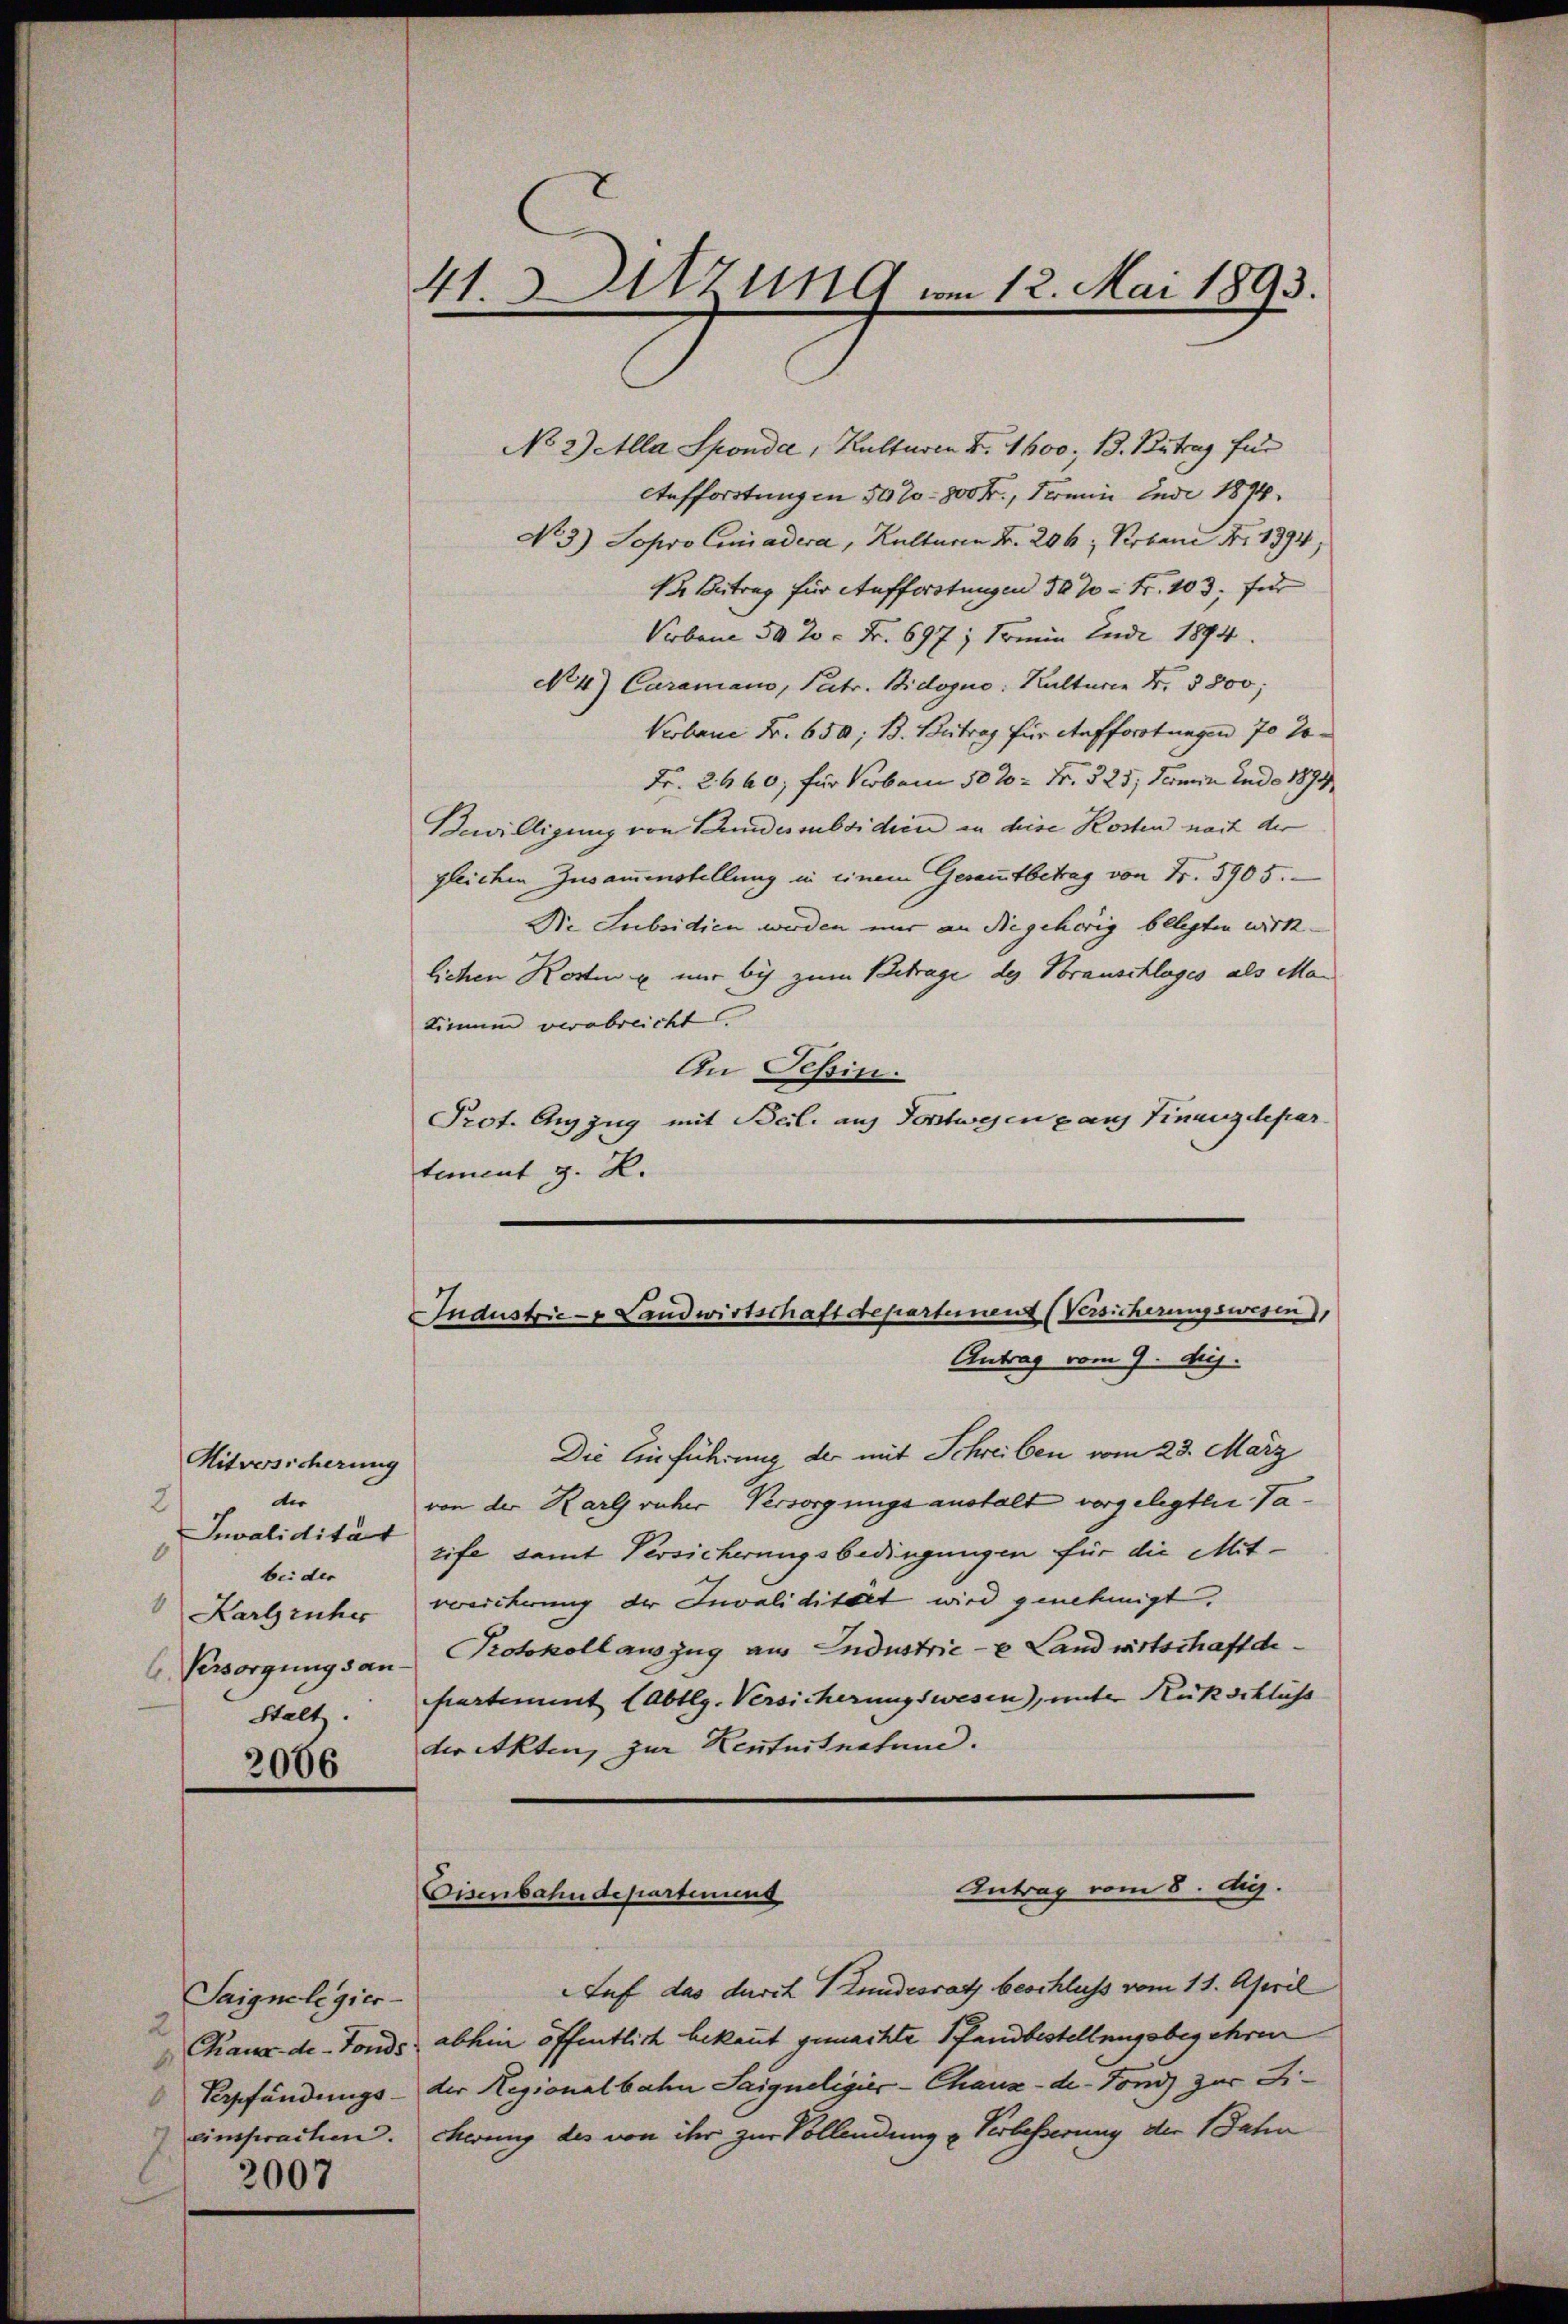
Mitversicherung
die
2
Invalidität
6
bei der
6 Persorgungsanstalt.

2066

Saignelegier
2
3007

No 2) Alla Sponda, Kulturen F. 1600. 13. Betrag für
Aufforstungen 5000 - 800 Fr., Termin Ende 1894
No. 3.) Sopro Ciiadera, Kulturen Fr. 206; Robene Nr. 1394,
1. Betrag für Auffordtungen 30% = Fr. 103, für
Vorbene 50 20 = Fr. 697 ; Sommen Ende 1894
No. 4.) Caramano, Patr. Bidogno: Kulturen Fr. 5800;
Verbene Fr. 650; B. Beitrag für Aufforstungen 70 %
Fr. 2660, für Kober 50 20 = Fr. § 25, Termin Ende 1894
Bewilligung von Seidessubsidien in diese Kosten nach der
gleichen Zusammenstellung in einem Gesammtbetrag von Fr. 5905.
De Subsidien werden mir an die gehörig belegten wirklichen Kosten u mir bis zum Betrage des Brauschlages als Man
timum verabreicht
An Tessin.
Prot. Auszug mit Beil. auf Sonstwesen ganz Finanzdepar
tement z. R.

.
41. Sitzung vom 12. Mai 1893.

Industrie - Landwirtschaft departinenz (Versicherungswesen,
Antrag vom 9. huj.

Die Einführung der mit Schreiben vom 23. März
von der Karfrüher Versorgungsanstalt vorgelegten Tatife damit Versicherungsbedingungen für die Mit¬
 Karlsruher vereicherung der Invalidität wird genehmigt.
Protokoll auszug aus Industrie - Landwirtschaftdepartiment (Abtlg. Versicherungswesen, unter Rückschlichs
der Akten, zur Kentuitnahun.

Antrag vom 8. dig.
Eisenbahndepartinius

Auf das durch Stundesrath beschluss vom 11. April
Chaux-de-Fonds abhin öffentlich bekannt gemachte Pfandbestellungsbegehren
Verpfändungs- der Regionalbahn Saigneligier-Chaux-de-Fond zur Dieinsprachen. Cherung des von ihr zur Vollendung u Verlasserung der 1 Paten